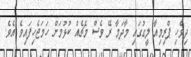
ދިވެހި ޕްރިމިއާ ލީގުގައި މާދަމާ ރޭ ވެސް މެޗެއް ކުޅުމަށް ހަމަޖެހިފައިވެ އެވެ.